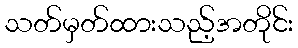
သတ်မှတ်ထားသည့်အတိုင်း